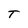
Character: T